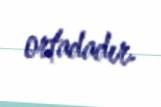
ortadadır.